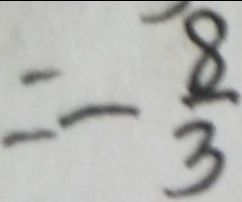
= - \frac { 8 } { 3 }